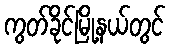
ကွတ်ခိုင်မြို့နယ်တွင်